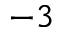
^ { - 3 }